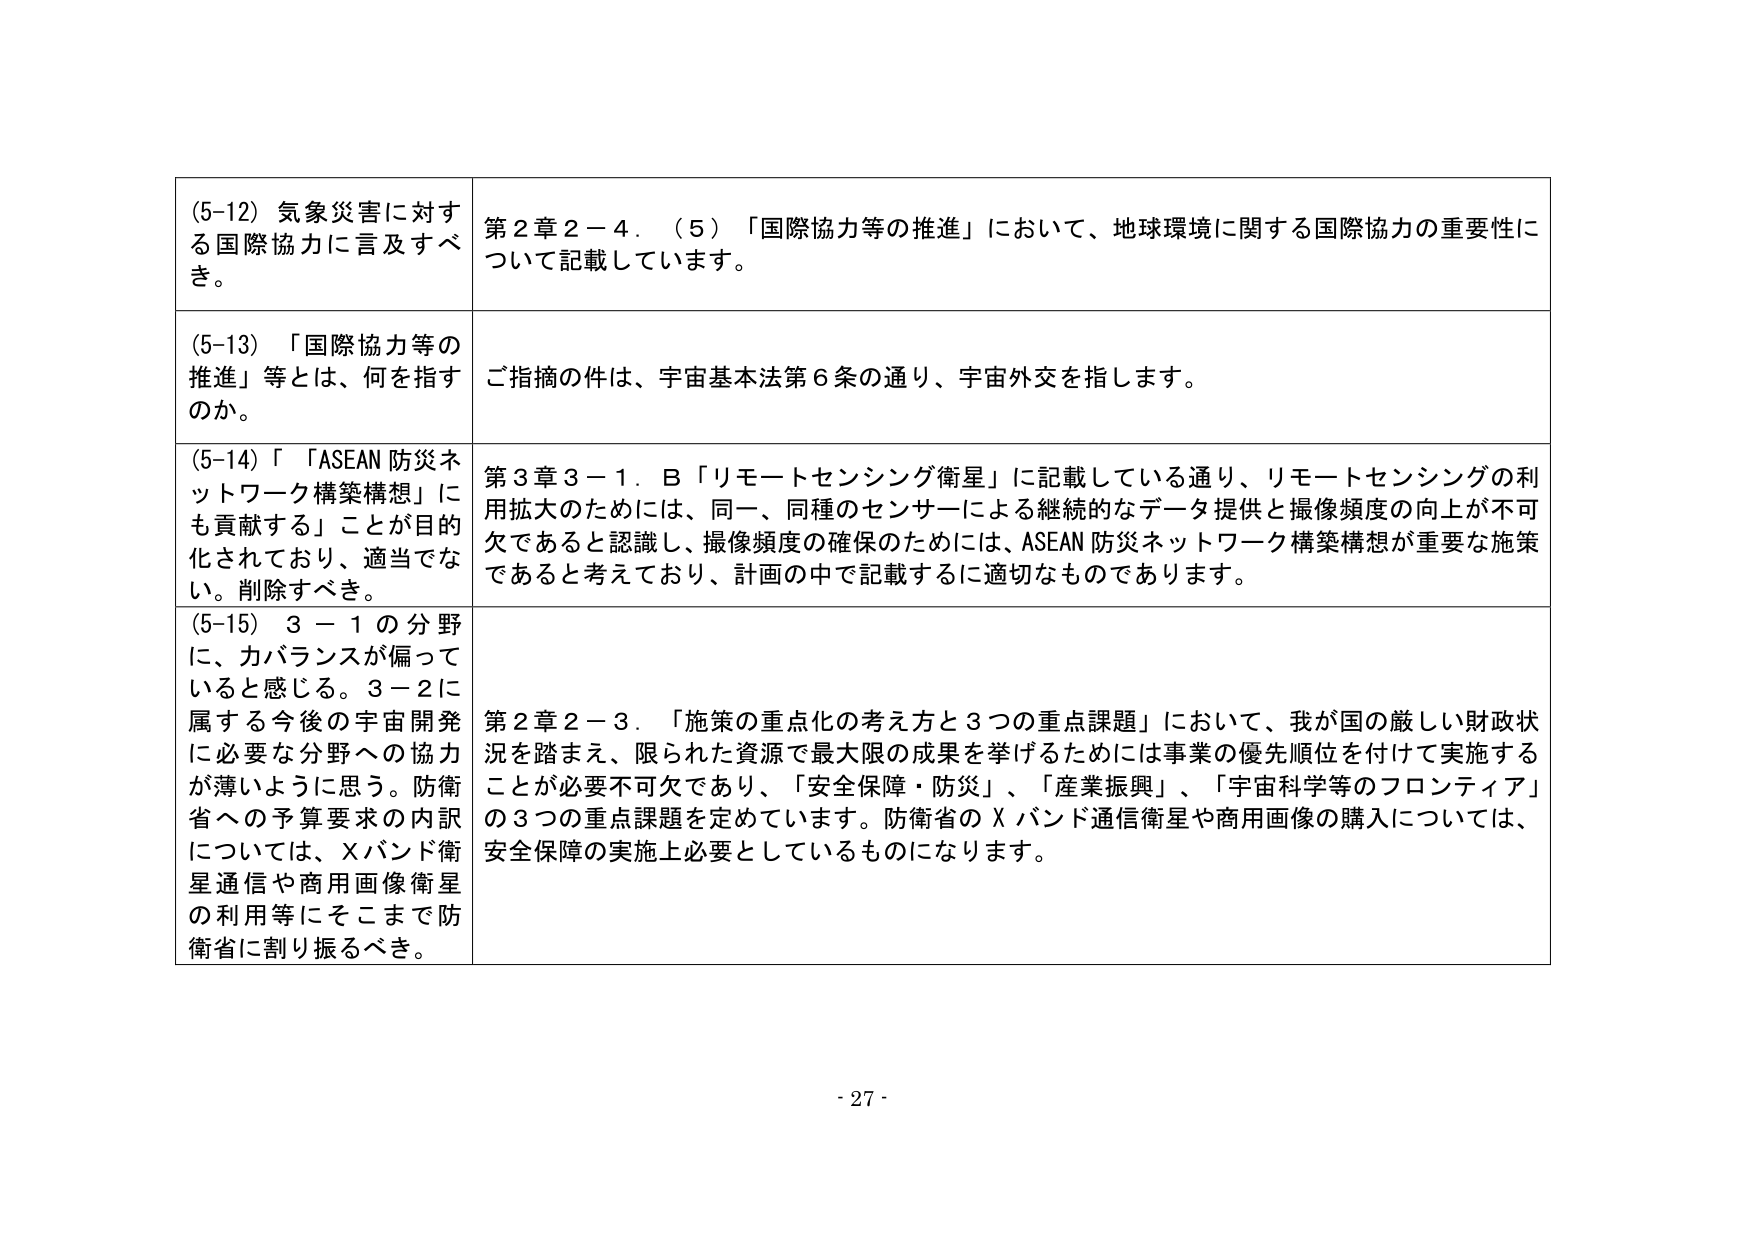
(5-12) 気象災害に対する国際協力に言及すべき。

第２章２－４．（５）「国際協力等の推進」において、地球環境に関する国際協力の重要性について記載しています。

(5-13) 「国際協力等の推進」等とは、何を指すのか。

ご指摘の件は、宇宙基本法第６条の通り、宇宙外交を指します。

(5-14) 「「ASEAN 防災ネットワーク構築構想」にも貢献する」ことが目的化されており、適当でない。削除すべき。

第３章３－１．Ｂ「リモートセンシング衛星」に記載している通り、リモートセンシングの利用拡大のためには、同一、同種のセンサーによる継続的なデータ提供と撮像頻度の向上が不可欠であると認識し、撮像頻度の確保のためには、ASEAN 防災ネットワーク構築構想が重要な施策であると考えており、計画の中で記載するに適切なものであります。

(5-15) ３－１の分野に、力バランスが偏っていると感じる。３－２に属する今後の宇宙開発に必要な分野への協力が薄いように思う。防衛省への予算要求の内訳については、Ｘバンド衛星通信や商用画像衛星の利用等にそこまで防衛省に割り振るべき。

第２章２－３．「施策の重点化の考え方と３つの重点課題」において、我が国の厳しい財政状況を踏まえ、限られた資源で最大限の成果を挙げるためには事業の優先順位を付けて実施することが必要不可欠であり、「安全保障・防災」、「産業振興」、「宇宙科学等のフロンティア」の３つの重点課題を定めています。防衛省のＸバンド通信衛星や商用画像の購入については、安全保障の実施上必要としているものになります。

- 27 -